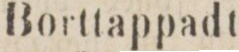
Borttappadt.